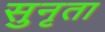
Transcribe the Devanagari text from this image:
सुनृता